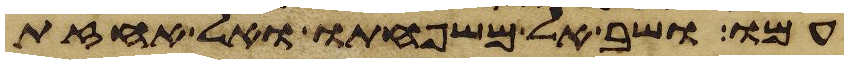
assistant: עמו ושב אל משפחתו ואל אחזת